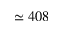
\simeq 4 0 8